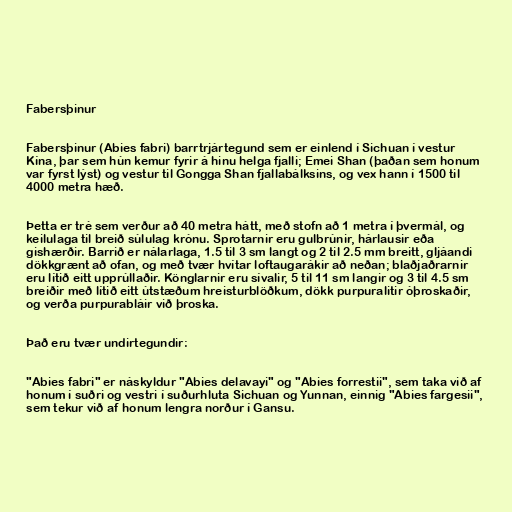
Fabersþinur

Fabersþinur (Abies fabri) barrtrjártegund sem er einlend í Sichuan í vestur
Kína, þar sem hún kemur fyrir á hinu helga fjalli; Emei Shan (þaðan sem honum
var fyrst lýst) og vestur til Gongga Shan fjallabálksins, og vex hann í 1500 til
4000 metra hæð.

Þetta er tré sem verður að 40 metra hátt, með stofn að 1 metra í þvermál, og
keilulaga til breið súlulag krónu. Sprotarnir eru gulbrúnir, hárlausir eða
gishærðir. Barrið er nálarlaga, 1.5 til 3 sm langt og 2 til 2.5 mm breitt, gljáandi
dökkgrænt að ofan, og með tvær hvítar loftaugarákir að neðan; blaðjaðrarnir
eru lítið eitt upprúllaðir. Könglarnir eru sívalir, 5 til 11 sm langir og 3 til 4.5 sm
breiðir með lítið eitt útstæðum hreisturblöðkum, dökk purpuralitir óþroskaðir,
og verða purpurabláir við þroska.

Það eru tvær undirtegundir:

"Abies fabri" er náskyldur "Abies delavayi" og "Abies forrestii", sem taka við af
honum í suðri og vestri í suðurhluta Sichuan og Yunnan, einnig "Abies fargesii",
sem tekur við af honum lengra norður í Gansu.